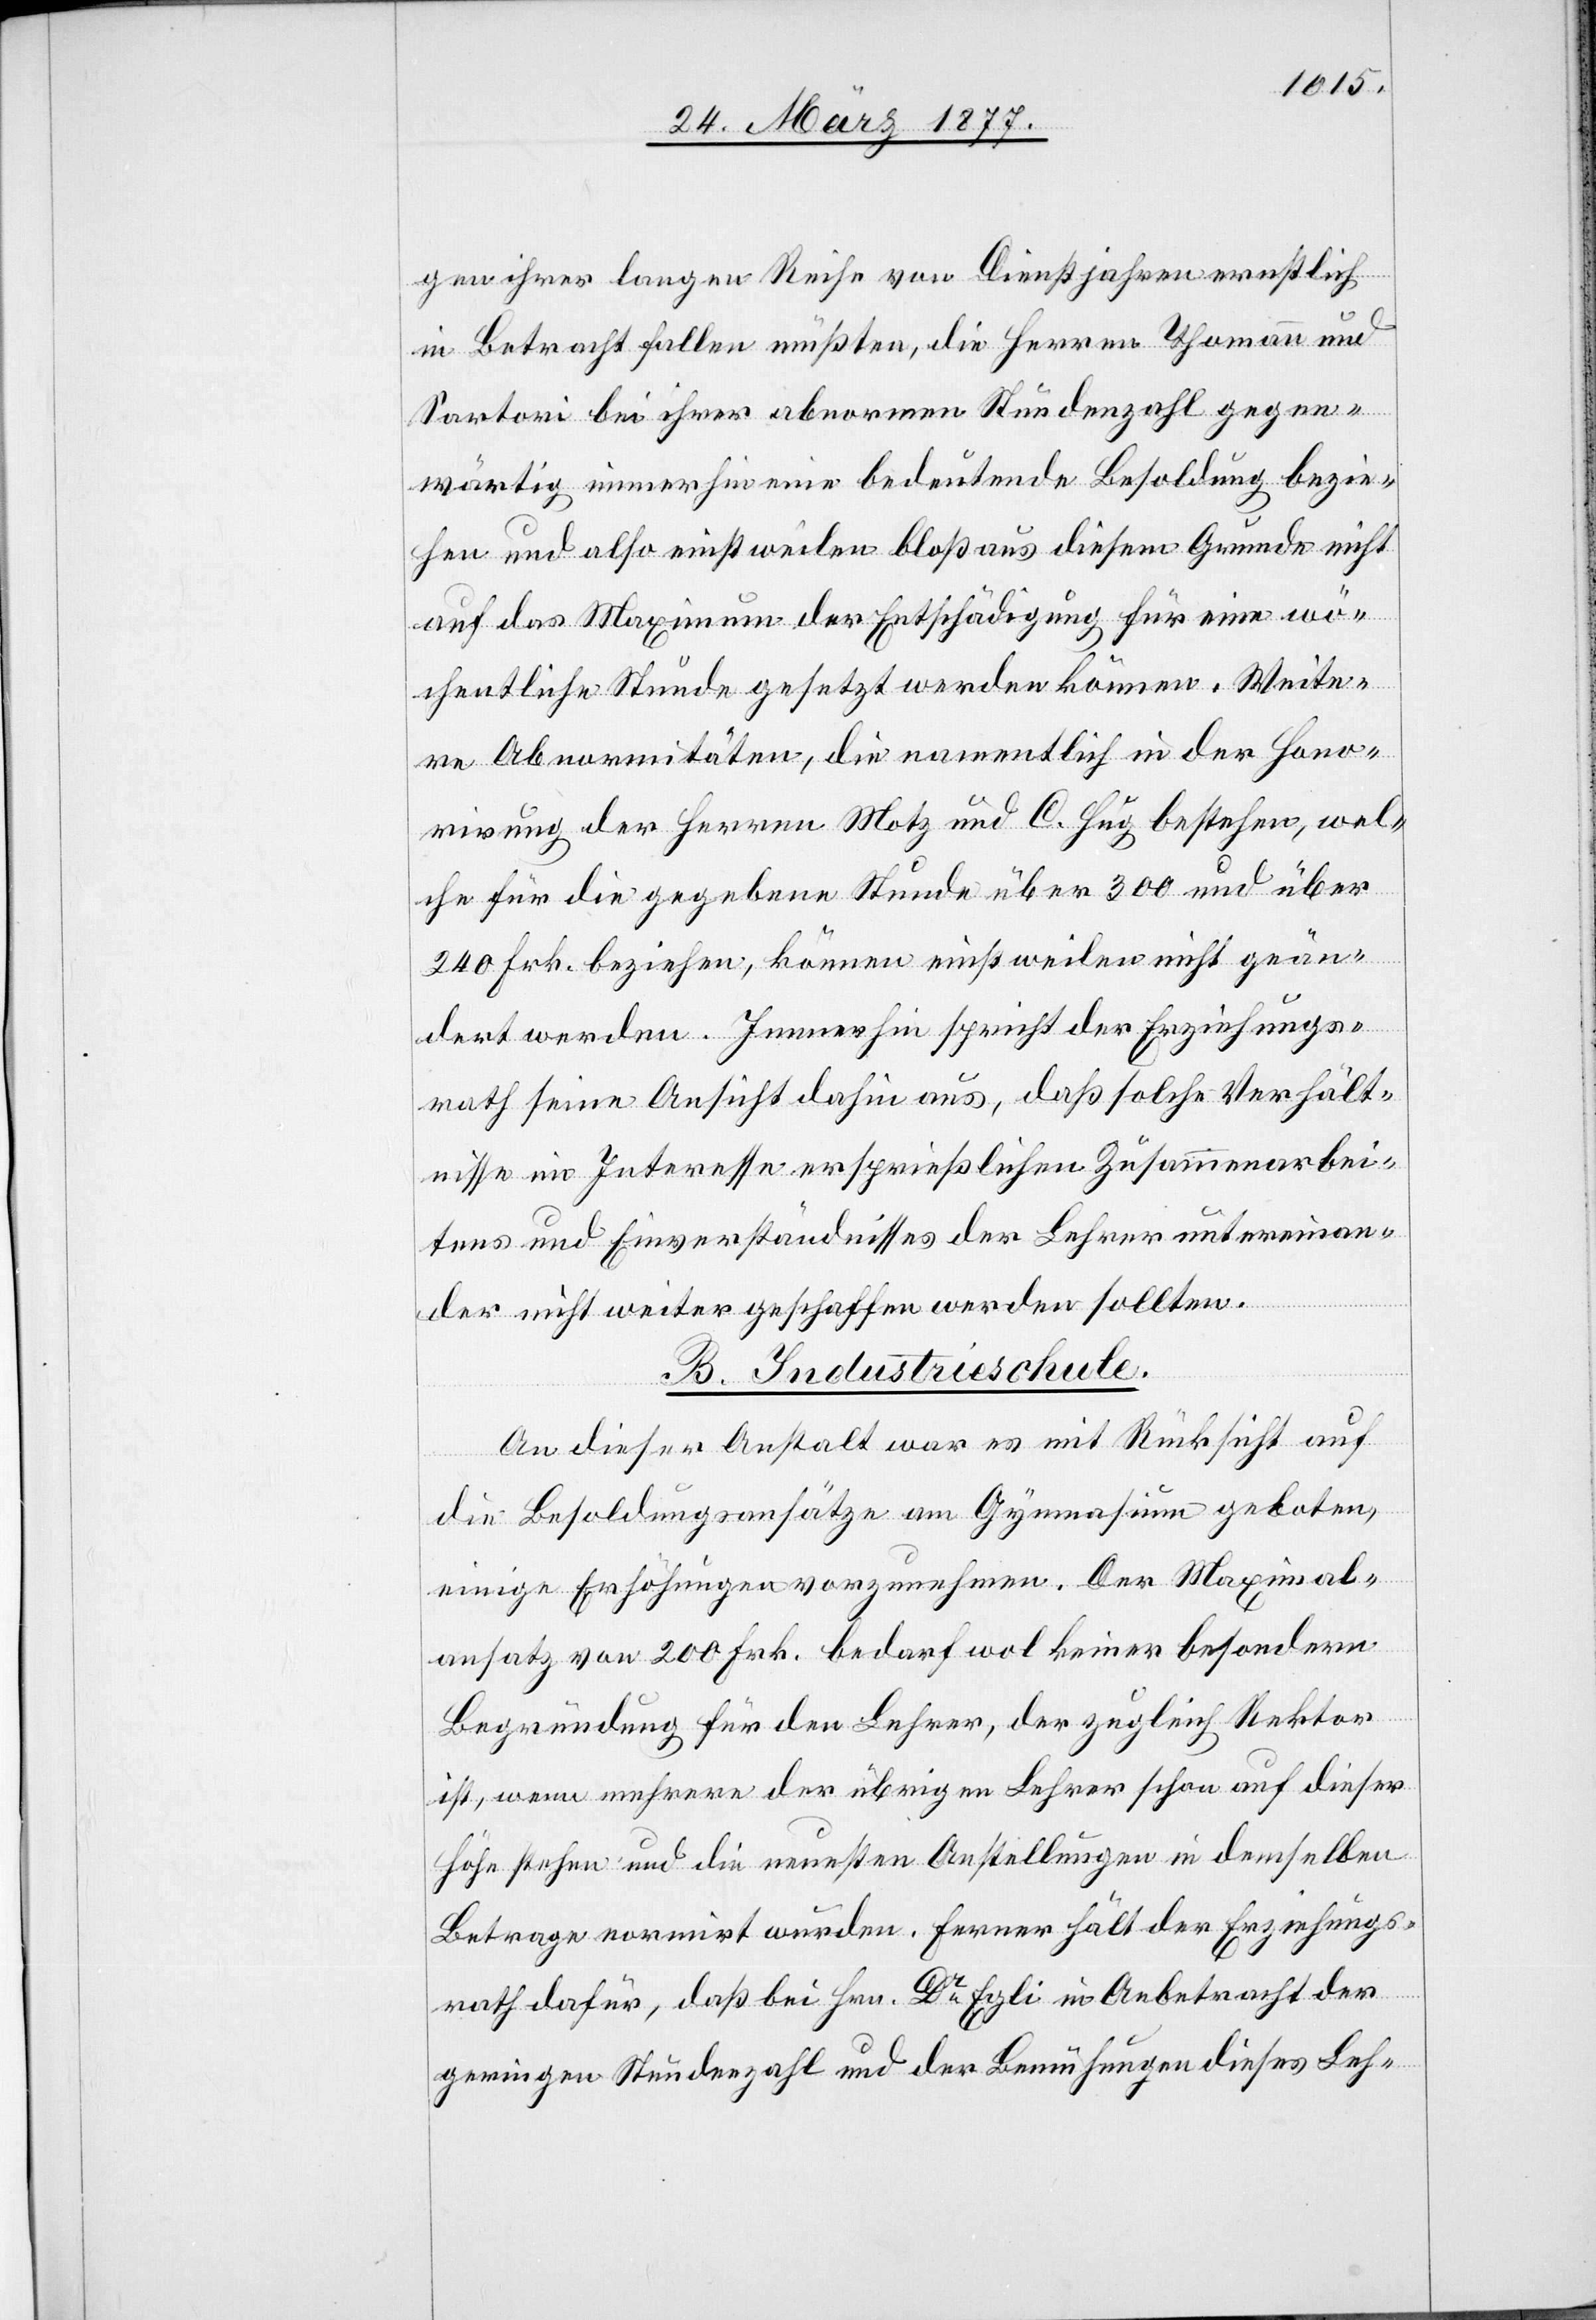
gen ihrer langen Reihe von Dienstjahren ernstlich
in Betracht fallen müßten, die Herren Thomann und
Sartori bei ihrer abnormen Stundenzahl gegen¬
wärtig immerhin eine bedeutende Besoldung bezie¬
hen und also einstweilen bloß aus diesem Grunde nicht
auf das Maximum der Entschädigung für eine wö¬
chentliche Stunde gesetzt werden können. Weite¬
re Abnormitäten, die namentlich in der Hono¬
rirung der Herren Motz und C. Hug bestehen, wel¬
che für die gegebene Stunde über 300 und über
240 Frk. beziehen, können einstweilen nicht geän¬
dert werden. Immerhin spricht der Erziehungs¬
rath seine Ansicht dahin aus, daß solche Verhält¬
nisse im Interesse ersprießlichen Zusammenarbei¬
tens und Einverständnisses der Lehrer untereinan¬
der nicht weiter geschaffen werden sollten.
B. Industrieschule.
An dieser Anstalt war es mit Rücksicht auf
die Besoldungsansätze am Gymnasium geboten,
einige Erhöhungen vorzunehmen. Der Maximal¬
ansatz von 200 Frk. bedarf wol keiner besondern
Begründung für den Lehrer, der zugleich Rektor
ist, wenn mehrere der übrigen Lehrer schon auf dieser
Höhe stehen und die neuesten Anstellungen in demselben
Betrage normirt wurden. Ferner hält der Erziehungs¬
rath dafür, daß bei Hrn. Dr Egli in Anbetracht der
geringen Stundenzahl und der Bemühungen dieses Leh-